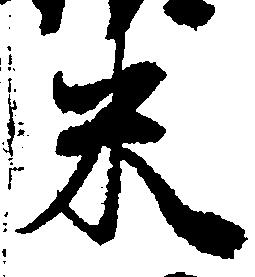
米